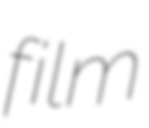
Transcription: film